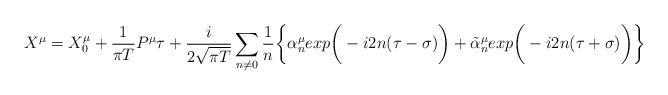
LaTeX: \begin{align*}X^{\mu} = X^{\mu}_0 + {1 \over \pi T} P^{\mu}\tau + {i \over 2\sqrt{\pi T}} \sum_{n \neq 0}{1\over n} \bigg\{ \alpha^{\mu}_n exp\bigg(-i2n(\tau - \sigma)\bigg) + \tilde{\alpha}^{\mu}_n exp\bigg(-i2n(\tau + \sigma )\bigg)\bigg\}\end{align*}